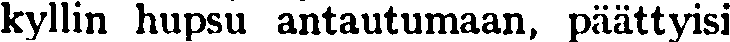
kyllin hupsu antautumaan, päättyisi